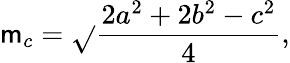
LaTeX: \mathsf{m}_{c}={\sqrt{}{{\frac{{2a^{2}+2b^{2}-c^{2}}}{{4}}}}},